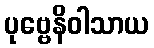
ပုဗ္ဗေနိဝါသာယ